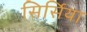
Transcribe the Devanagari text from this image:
सिर्सिया